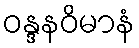
ဝန္ဒနဝိမာနံ